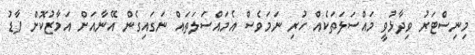
މިނިސްޓަރު ވިދާޅުވީ މައްސަލަތަކެއް ހުރި ނަމަވެސް އެމައްސަލަތައް ނަގައިގެން އޭނާއަށް އަމާޒުކޮށް ފާޑު